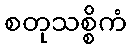
စတုသစ္စိကံ